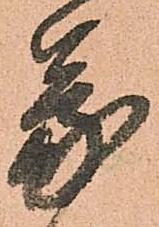
蒙